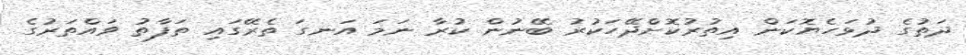
ދަތުގެ ދުޅަހެޔޮކަން އިތުރުކޮށްދޭހަކުރު ބޭނުން ކުރާ ނަމަ އަނގަ ތެރޭގައި ތަފާތު ވައްތަރުގެ